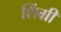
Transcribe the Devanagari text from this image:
शिंग्री